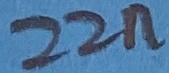
Text: 22n